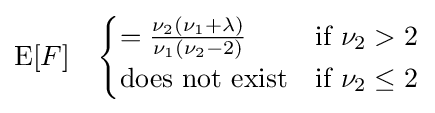
\operatorname {E} [F]\quad {\begin{cases}={\frac {\nu _{2}(\nu _{1}+\lambda )}{\nu _{1}(\nu _{2}-2)}}&{\text{if }}\nu _{2}>2\\{\text{does not exist}}&{\text{if }}\nu _{2}\leq 2\\\end{cases}}